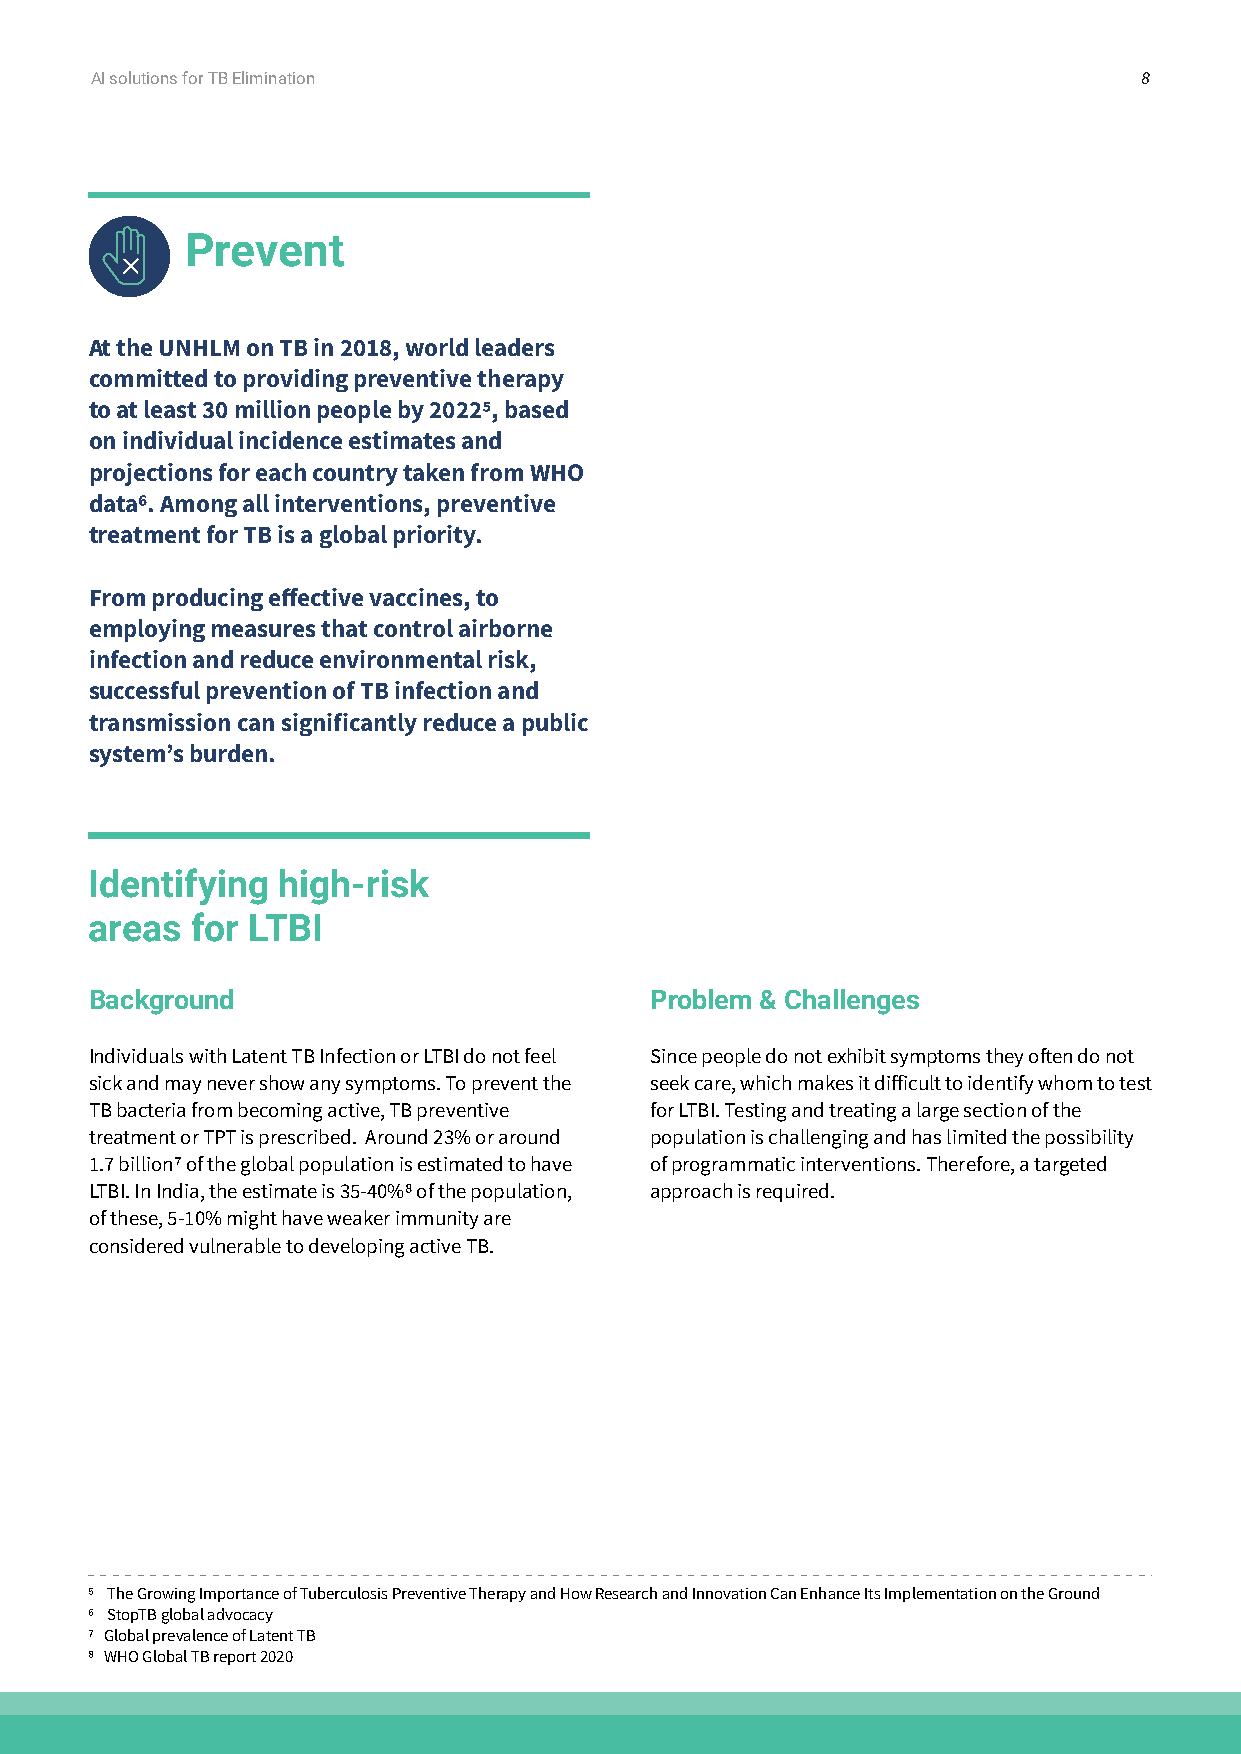
AI solutions for TB Elimination                                      8
 Prevent
 At the UNHLM on TB in 2018, world leaders
 committed to providing preventive therapy
 to at least 30 million people by 20225, based
 on individual incidence estimates and
 projections for each country taken from WHO
 data6. Among all interventions, preventive
 treatment for TB is a global priority.
 From producing effective vaccines, to
 employing measures that control airborne
 infection and reduce environmental risk,
 successful prevention of TB infection and
 transmission can significantly reduce a public
 system’s burden.
 Identifying high-risk
 areas  for LTBI
 Background                           Problem & Challenges
 Individuals with Latent TB Infection or LTBI do not feel Since people do not exhibit symptoms they often do not
 sick and may never show any symptoms. To prevent the seek care, which makes it difficult to identify whom to test
 TB bacteria from becoming active, TB preventive for LTBI. Testing and treating a large section of the
 treatment or TPT is prescribed. Around 23% or around population is challenging and has limited the possibility
 1.7 billion7 of the global population is estimated to have of programmatic interventions. Therefore, a targeted
 LTBI. In India, the estimate is 35-40%8 of the population, approach is required.
 of these, 5-10% might have weaker immunity are
 considered vulnerable to developing active TB.
 5 The Growing Importance of Tuberculosis Preventive Therapy and How Research and Innovation Can Enhance Its Implementation on the Ground
 6 StopTB global advocacy
 7 Global prevalence of Latent TB
 8 WHO Global TB report 2020